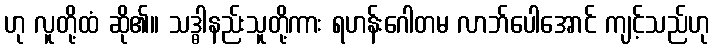
ဟု လူတို့ထံ ဆို၏။ သဒ္ဓါနည်းသူတို့ကား ရဟန်းဂေါတမ လာဘ်ပေါအောင် ကျင့်သည်ဟု